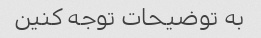
به توضیحات توجه کنین